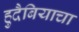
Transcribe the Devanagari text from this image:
हुदैबियाचा